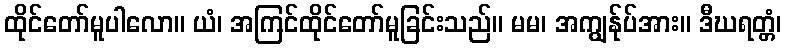
ထိုင်တော်မူပါလော။ ယံ၊ အကြင်ထိုင်တော်မူခြင်းသည်။ မမ၊ အကျွန်ုပ်အား။ ဒီဃရတ္တံ၊